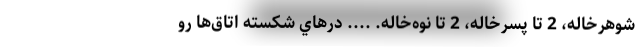
شوهرخاله، 2 تا پسرخاله، 2 تا نوه‌خاله. .... درهاي شكسته اتاق‌ها رو